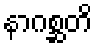
နာဂစ္ဆတိ